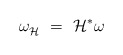
\begin{align*} \omega_{\mathcal{H}}^{\vphantom{j}}~=~\mathcal{H}^* \omega\end{align*}